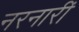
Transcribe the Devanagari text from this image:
नरनारीं